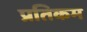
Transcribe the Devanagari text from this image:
प्रतिकम